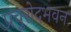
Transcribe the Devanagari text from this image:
प्रचुरोदभवन